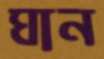
ঘান